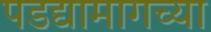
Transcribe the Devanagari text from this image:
पडद्यामागच्या